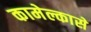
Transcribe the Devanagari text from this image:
कामेल्कासे